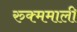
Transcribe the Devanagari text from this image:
रुक्ममाली